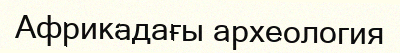
Африкадағы археология